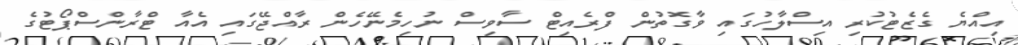
އިއްޔެ ގެޒެޓުކުރި އިސްލާހުގައި ވާގޮތުން ފްރެއިޓް ސާވިސް ނުހިމެނޭހެން ރާއްޖޭގައި އެއާ ޓްރާންސްޕޯޓުގެ